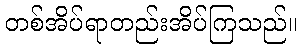
တစ်အိပ်ရာတည်းအိပ်ကြသည်။